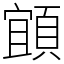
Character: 𩓧